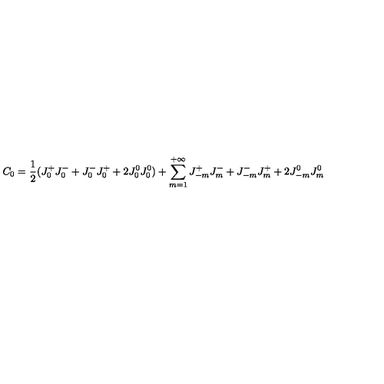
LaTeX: C _ { 0 } = \frac { 1 } { 2 } ( J _ { 0 } ^ { + } J _ { 0 } ^ { - } + J _ { 0 } ^ { - } J _ { 0 } ^ { + } + 2 J _ { 0 } ^ { 0 } J _ { 0 } ^ { 0 } ) + \sum _ { m = 1 } ^ { + \infty } J _ { - m } ^ { + } J _ { m } ^ { - } + J _ { - m } ^ { - } J _ { m } ^ { + } + 2 J _ { - m } ^ { 0 } J _ { m } ^ { 0 }